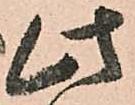
此